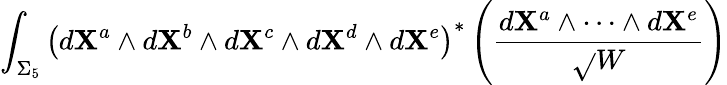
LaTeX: \int_{\Sigma_{5}}\left(d\mathbf{X}^{a}\wedge{d}\mathbf{X}^{b}\wedge{d}\mathbf{X}^{c}\wedge{d}\mathbf{X}^{d}\wedge{d}\mathbf{X}^{e}\right)^{\ast}\left(\frac{{d\mathbf{X}^{a}\wedge\cdots\wedge{d}\mathbf{X}^{e}}}{{\sqrt{}{{W}}}}\right)